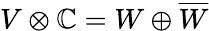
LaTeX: V\otimes\mathbb{C}=W\oplus{\overline{{W}}}